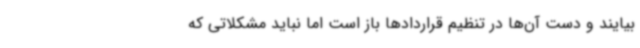
بیایند و دست آن‌ها در تنظیم قراردادها باز است اما نباید مشکلاتی که